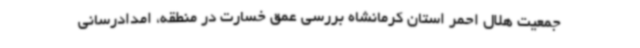
جمعیت هلال احمر استان کرمانشاه بررسی عمق خسارت در منطقه، امدادرسانی